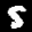
Label: 5